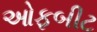
ઓફબીટ